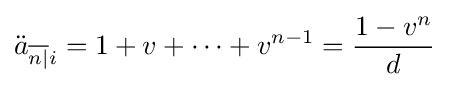
{\ddot {a}}_{{\overline {n|}}i}=1+v+\cdots +v^{n-1}={\frac {1-v^{n}}{d}}